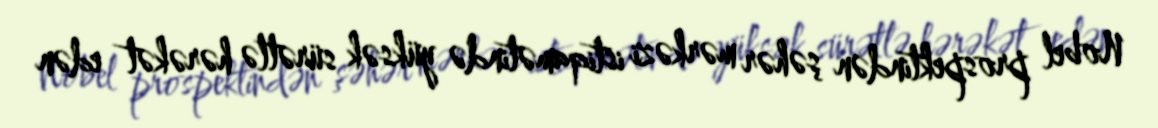
Nobel prospektindən şəhər mərkəzi istiqamətində yüksək sürətlə hərəkət edən